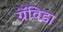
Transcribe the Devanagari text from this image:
ग्रॅविडा